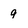
Character: 9